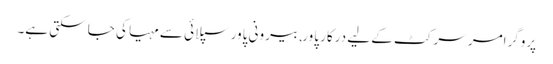
پروگرامر سرکٹ کے لیے درکار پاور, بیرونی پاور سپلائی سے مہیا کی جا سکتی ہے۔